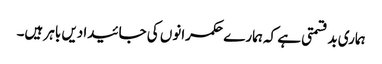
ہماری بدقسمتی ہے کہ ہمارے حکمرانوں کی جائیدادیں باہر ہیں۔